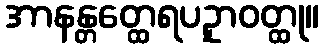
အာနန္တတ္ထေရပဥှာဝတ္ထု။